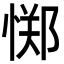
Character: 𫺫